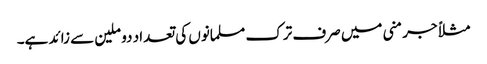
مثلاً جرمنی میں صرف ترک مسلمانوں کی تعداد دو ملین سے زائد ہے۔